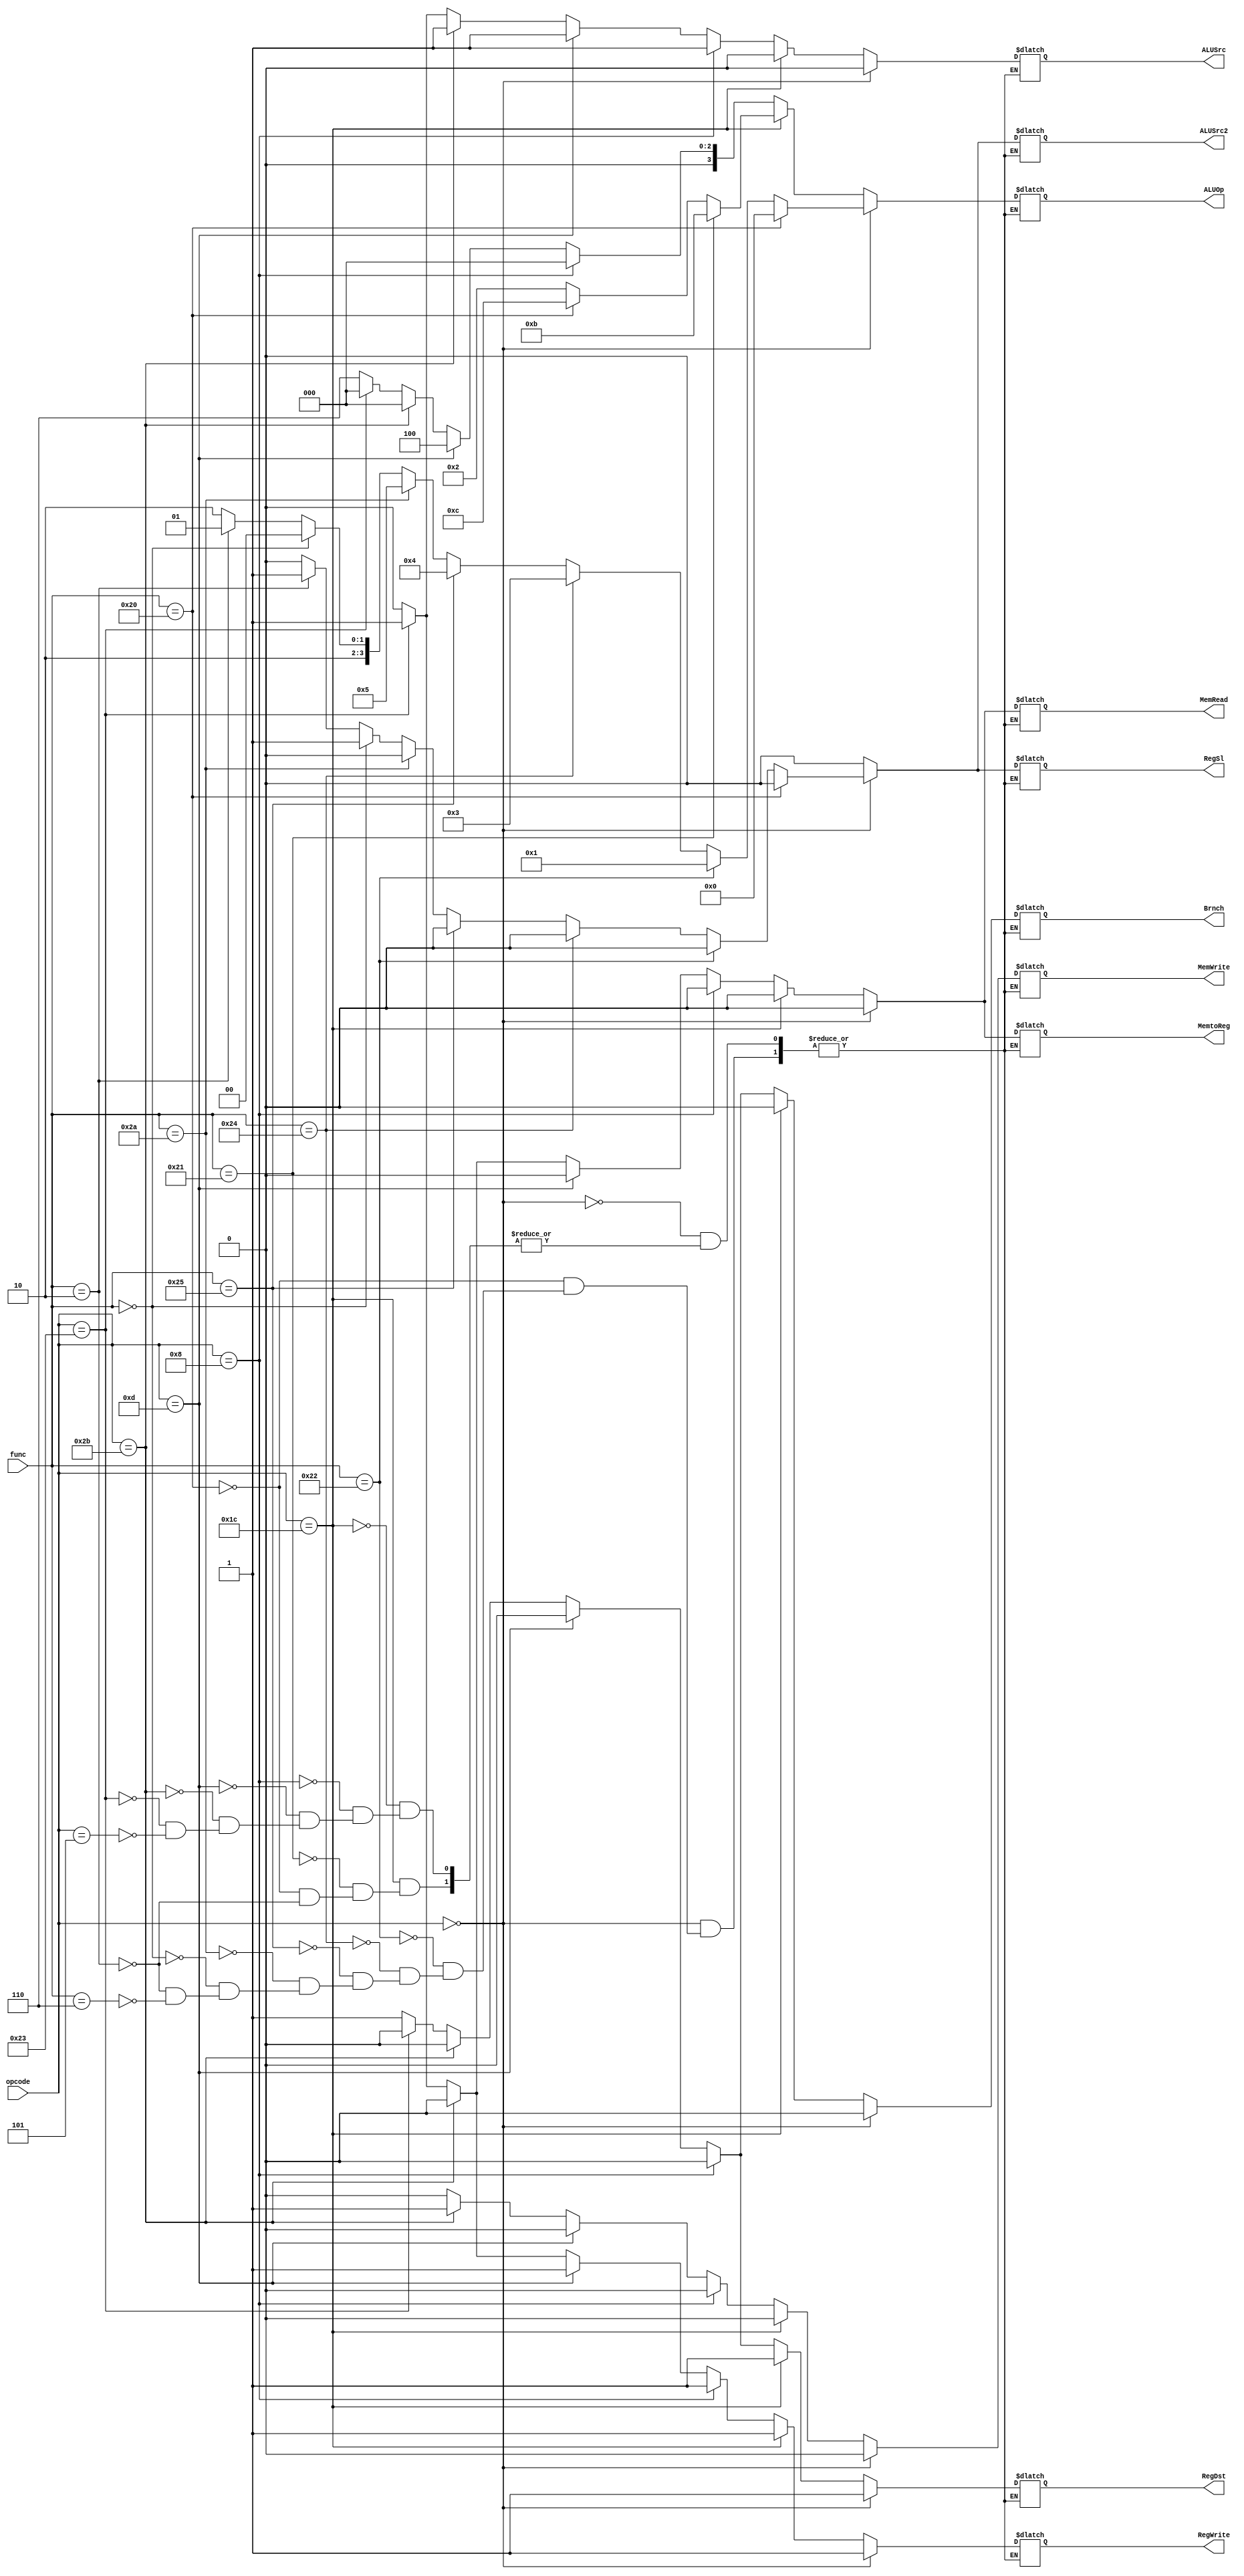
`timescale 1ns / 1ps

module matrixcontroller(opcode, func, ALUSrc, ALUSrc2, RegSl, RegDst, RegWrite, ALUOp, MemRead, MemWrite, MemtoReg, Brnch);
   input [5:0] opcode, func;
   output reg  RegDst, RegWrite, ALUSrc, MemRead, MemWrite, MemtoReg, Brnch, ALUSrc2, RegSl;
   output reg [3:0] ALUOp;

 always @(*) begin
   if (opcode == 6'b000000) begin // most r-type operations; +,-,&&,||, ROTR, >>, << , etc.
      if (func == 6'b100000) begin //+
        ALUSrc <= 0;
        ALUSrc2 <= 0;
        RegSl <= 0;
        RegDst <= 1;
        RegWrite <= 1;
        ALUOp <= 4'b0000;
        MemRead <= 0;
        MemWrite <= 0;
        MemtoReg <= 0; 
        Brnch <= 0;
      end
      else if (func == 6'b100010) begin //-
              ALUSrc <= 0;
              ALUSrc2 <= 0;
	          RegSl <= 0;
              RegDst <= 1;
              RegWrite <= 1;
              ALUOp <= 4'b0001;
              MemRead <= 0;
              MemWrite <= 0;
              MemtoReg <= 0; 
              Brnch <= 0;
      end
      else if (func == 6'b100100) begin//&&
              ALUSrc <= 0;
              ALUSrc2 <= 0;
	          RegSl <= 0;
              RegDst <= 1;
              RegWrite <= 1;
              ALUOp <= 4'b0011;
              MemRead <= 0;
              MemWrite <= 0;
              MemtoReg <= 0; 
              Brnch <= 0;
      end
      else if (func == 6'b100101) begin//||
              ALUSrc <= 0;
              ALUSrc2 <= 0;
	          RegSl <= 0;
              RegDst <= 1;
              RegWrite <= 1;
              ALUOp <= 4'b0100;
              MemRead <= 0;
              MemWrite <= 0;
              MemtoReg <= 0; 
              Brnch <= 0;
      end
      else if (func == 6'b101010) begin // A < B
              ALUSrc <= 0;
              ALUSrc2 <= 0;
	          RegSl <= 0;
              RegDst <= 1;
              RegWrite <= 1;
              ALUOp <= 4'b0101;
              MemRead <= 0;
              MemWrite <= 0;
              MemtoReg <= 0; 
              Brnch <= 0;
      end
      else if (func == 6'b000000) begin// shift left
              ALUSrc <= 0; //strictly speaking, don't care
              ALUSrc2 <= 1;
	          RegSl <= 1;
              RegDst <= 1;
              RegWrite <= 1;
              ALUOp <= 4'b1000;
              MemRead <= 0;
              MemWrite <= 0;
              MemtoReg <= 0; 
              Brnch <= 0;
      end
      else if (func == 6'b000010) begin// shift right
              ALUSrc <= 0; //strictly speaking, don't care
              ALUSrc2 <= 1;
              RegSl <= 1;
              RegDst <= 1;
              RegWrite <= 1;
              ALUOp <= 4'b1001;
              MemRead <= 0;
              MemWrite <= 0;
              MemtoReg <= 0; 
              Brnch <= 0;
      end
      else if (func == 6'b000110) begin // ROTR
              ALUSrc <= 0;
              ALUSrc2 <= 0;
              RegSl <= 0;
              RegDst <= 1;
              RegWrite <= 1;
              ALUOp <= 4'b1010;
              MemRead <= 0;
              MemWrite <= 0;
              MemtoReg <= 0; 
              Brnch <= 0;
      end
   end
   else if (opcode == 6'b011100) begin // clo, clz, mul
      if (func == 6'b100001) begin // clo
                    ALUSrc <= 0;
                    ALUSrc2 <= 0;
                    RegSl <= 0;
                    RegDst <= 1;
                    RegWrite <= 1;
                    ALUOp <= 4'b1011;
                    MemRead <= 0;
                    MemWrite <= 0;
                    MemtoReg <= 0; 
                    Brnch <= 0;
      end
      else if (func == 6'b100000) begin // clz
                          ALUSrc <= 0;
                          ALUSrc2 <= 0;
                          RegSl <= 0;
                          RegDst <= 1;
                          RegWrite <= 1;
                          ALUOp <= 4'b1100;
                          MemRead <= 0;
                          MemWrite <= 0;
                          MemtoReg <= 0; 
                          Brnch <= 0;
      end
      else if (func == 6'b000010) begin // mul
                          ALUSrc <= 0;
                          ALUSrc2 <= 0;
                          RegSl <= 0;
                          RegDst <= 1;
                          RegWrite <= 1;
                          ALUOp <= 4'b0010;
                          MemRead <= 0;
                          MemWrite <= 0;
                          MemtoReg <= 0; 
                          Brnch <= 0;
      end
   end // if (opcode == 6'b011100)
   else if (opcode == 6'b001000) begin // addi
      ALUSrc <= 1;
      ALUSrc2 <= 0;
      RegSl <= 0;
      RegDst <= 0;
      RegWrite <= 1;
      ALUOp <= 4'b0000;
      MemRead <= 0;
      MemWrite <= 0;
      MemtoReg <= 0;
      Brnch <= 0;
   end // if (opcode == 6'b001000)
   else if (opcode == 6'b001101) begin // ori
      ALUSrc <= 1;
      ALUSrc2 <= 0;
      RegSl <= 0;
      RegDst <= 0;
      RegWrite <= 1;
      ALUOp <= 4'b0100;
      MemRead <= 0;
      MemWrite <= 0;
      MemtoReg <= 0;
      Brnch <= 0;
   end
   else if (opcode == 6'b101011) begin // sw
                       ALUSrc <= 1;
                       ALUSrc2 <= 0;
                       RegSl <= 0;
                       RegDst <= 0;
                       RegWrite <= 0;
                       ALUOp <= 4'b0000;
                       MemRead <= 0;
                       MemWrite <= 1;
                       MemtoReg <= 0; 
                       Brnch <= 0;
   end
   else if (opcode == 6'b100011) begin // lw
                       ALUSrc <= 1;
                       ALUSrc2 <= 0;
                       RegSl <= 0;
                       RegDst <= 0;
                       RegWrite <= 1;
                       ALUOp <= 4'b0000;
                       MemRead <= 1;
                       MemWrite <= 0;
                       MemtoReg <= 1; 
                       Brnch <= 0;
   end
   else if (opcode == 6'b000101) begin // bne
                       ALUSrc <= 0;
                       ALUSrc2 <= 0;
                       RegSl <= 0;
                       RegDst <= 1;
                       RegWrite <= 0;
                       ALUOp <= 4'b0110;
                       MemRead <= 0;
                       MemWrite <= 0;
                       MemtoReg <= 0; 
                       Brnch <= 1;
   end
 end

endmodule // matrixcontroller